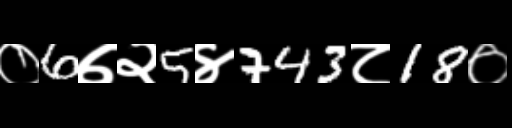
Text: ०6७२5४743८18०